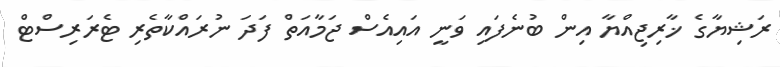
ރަޝިޔާގެ ޚާރިިޖިއްޔާ އިން ބުނެފައި ވަނީ އައިއެސް ޖަމާއަތް ފަދަ ނުރައްކާތެރި ޓެރަރިސްޓް